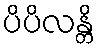
ပိပိလန္တိ